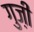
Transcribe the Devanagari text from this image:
गुज़ी